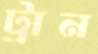
ট্রান